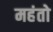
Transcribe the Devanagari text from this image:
महंतो